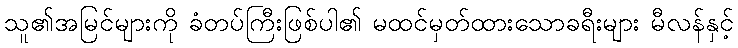
သူ၏အမြင်များကို ခံတပ်ကြီးဖြစ်ပါ၏ မထင်မှတ်ထားသောခရီးများ မီလန်နှင့်